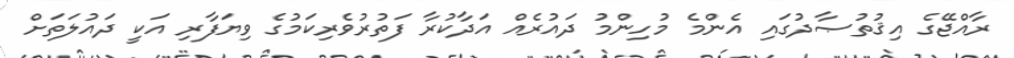
ރާއްޖޭގެ އިޤުތުޞާދުގައި އެންމެ މުހިންމު ދައުރެއް އަދާކުރާ ފަތުރުވެރިކަމުގެ ވިޔަފާރި އަކީ ދައުލަތަށް